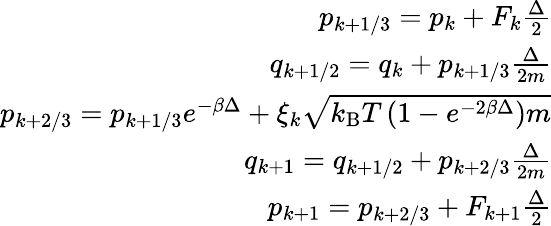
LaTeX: \begin{array}{r}{p_{k+1/3}=p_{k}+F_{k}\frac{\Delta}{2}}\\ {q_{k+1/2}=q_{k}+p_{k+1/3}\frac{\Delta}{2m}}\\ {p_{k+2/3}=p_{k+1/3}e^{-\beta\Delta}+\xi_{k}\sqrt{k_{\mathrm{B}}T\left(1-e^{-2\beta\Delta}\right)m}}\\ {q_{k+1}=q_{k+1/2}+p_{k+2/3}\frac{\Delta}{2m}}\\ {p_{k+1}=p_{k+2/3}+F_{k+1}\frac{\Delta}{2}}\end{array}